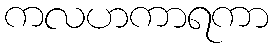
ကလဟကာရကာ